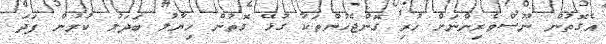
އެގޮތުން ނޫސްވެރިންނަށް ހުރި ގޮންޖެހުންތަކާ ގުޅޭ ގޮތުން ހިޔާލު ބަދަލު ކުރުން ފަދަ